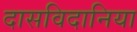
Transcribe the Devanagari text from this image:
दासविदानिया